Tezpur Lunatic Asylum reports 1877-1894 - 1877-1894
Year: 1877
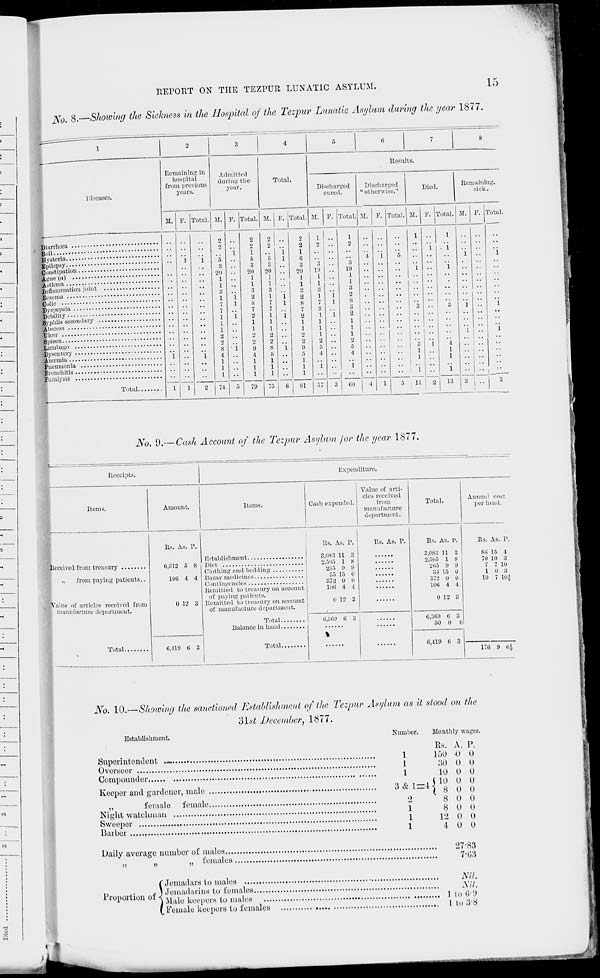
REPORT ON THE TEZPUR LUNATIC ASYLUM.
15
%[ 0t g f —Showing the Sickness in the Hospital of the Tezpur Lunatic Asylum during the year 1877.
Diseases.
Diarrhoea,
Boil
Hysteria
Epilepsy
Constipation
Ague (<«)
Asthma
Inflammation joint
Ec-
■olio
Dyspepsia
Debility
BypHlis secondary
Abscess
Slcer
■
Spleen
lunibagi
Dysentery
Anosmia
pneumonia
,
Bronchitis
Paralysis
Total.
Remaining In
hospital
from previous
years.
Admitted
during the
year.
Total.
M.
Total. M. I'. Total. M. P. Total.
Results.
Discharged
cured.
Discharged
'otherwise."
Died.
Remaining,
sick.
1
5
3
20
1
1
3
Q
79
2
a
i
•i
8
20
1
1
8
a
8
7
a
I
i
2
a
o
I
I
I
6
81
M. P. Total yi.
3
is)
I
I
8
2
8
00
P. Total. M. P.
11
Total. M.
1 .
13
r. Total.
No. 9.— Cash Account of the Tezpur Asylum for the year 1877.
Receipts.
Expenditure.
Items.
Amount.
Items.
Cash expended.
Value of arti-
cles received
from
manufacture
department.
Total.
Annual cost
per head.
from paying patients..
Value of articles received from
manufacture department.
Total
Rs. As. P.
6,812 5 8
100 4 4
0 12 3
Rs. As. P.
8,083 11 3
2,505 1 8
205 !) 0
;:.-, 15 (i
372 0 0
100 1 1
0 12 8
Rs. As. r.
Rs. As, P,
3,083 11 3
2,505 1 8
265 !) 11
35 15 0
372 0 0
100 4 4
0 12 3
Rs. As. P,
80 15 4
Diet
70 10 3
7 7 10
Bazar medicines
1 0 3
10 7 10i
Remitted to treasury on account
of paying patients.
Remitted to treasury on account
of manufacture department.
Total
ti,;;t;n 6 8
%
6,860 6 8
SO 0 0
6,419 6 3
6,410 ti 3
170 0 6J
No. 10.—Showing the sanctioned Establishment of the Tezpur Asylum as it stood on the
olst December. 1877.
Establishment,
Superintendent .-~
Overseer
Gompounder
Keeper and gardener, male .
,,
female female,
Night watchman
Sweeper
Barber
Number.
Monthly wages.
1
1
1
3& 1
2
1
1
1
Rs.
150
30
10
=*{ l l
8
8
12
4
A.
■o
0
0
0
0
0
0
0
0
p.
0
0
0
0
0
0
0
0
0
Daily average number of males...,
„
„
,, females
27-83
7-63
'Jemadars to males
Nil,
. j Jemailarins to females
Nil,
Proportion of <»« . ,
.
,
* . ...,,
i Male keepers to males
l to u u
Female keepers to females
1 to 8*8
«i